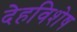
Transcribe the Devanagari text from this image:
देहविशेष